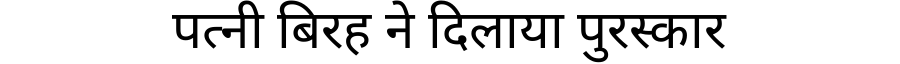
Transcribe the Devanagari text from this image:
पत्नी बिरह ने दिलाया पुरस्कार